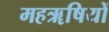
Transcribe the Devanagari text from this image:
महॠषियों